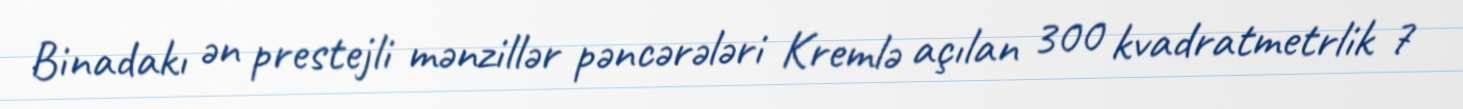
Binadakı ən prestejli mənzillər pəncərələri Kremlə açılan 300 kvadratmetrlik 7